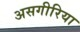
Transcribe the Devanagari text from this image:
असगीरिया